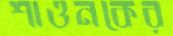
শাওনকের